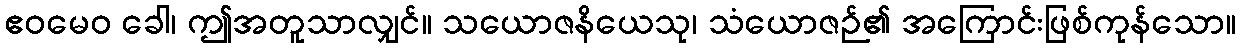
ဧဝမေဝ ခေါ၊ ဤအတူသာလျှင်။ သယောဇနိယေသု၊ သံယောဇဉ်၏ အကြောင်းဖြစ်ကုန်သော။